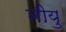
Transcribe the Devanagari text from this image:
नीयु